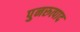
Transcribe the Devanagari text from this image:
पुनरुत्पाद